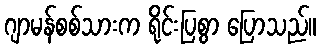
ဂျာမန်စစ်သားက ရိုင်းပြစွာ ပြောသည်။